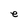
Character: e